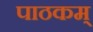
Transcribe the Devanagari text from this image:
पाठकम्